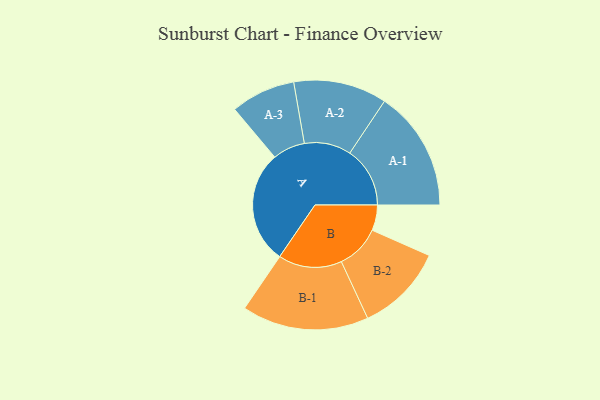
{"axis": {"x": "Segment", "y": "Value"}, "legend": ["", "A", "B"], "data": [{"x": "A", "y": 479, "type": ""}, {"x": "B", "y": 108, "type": ""}, {"x": "A-1", "y": 255, "type": "A"}, {"x": "A-2", "y": 198, "type": "A"}, {"x": "A-3", "y": 137, "type": "A"}, {"x": "B-1", "y": 269, "type": "B"}, {"x": "B-2", "y": 187, "type": "B"}]}